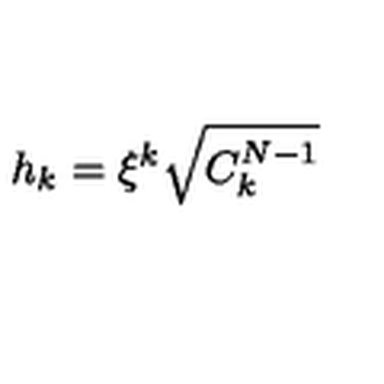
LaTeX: h _ { k } = \xi ^ { k } \sqrt { C _ { k } ^ { N - 1 } }